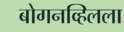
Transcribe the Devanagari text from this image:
बोगनव्हिलला